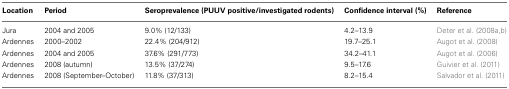
<table><thead><tr><td><b>Location</b></td><td><b>Period</b></td><td><b>Seroprevalence (PUUV positive/investigated rodents)</b></td><td><b>Confidence interval (%)</b></td><td><b>Reference</b></td></tr></thead><tbody><tr><td>Jura</td><td>2004 and 2005</td><td>9.0% (12/133)</td><td>4.2–13.9</td><td>Deter et al. (2008a,b)</td></tr><tr><td>Ardennes</td><td>2000–2002</td><td>22.4% (204/912)</td><td>19.7–25.1</td><td>Augot et al. (2008)</td></tr><tr><td>Ardennes</td><td>2004 and 2005</td><td>37.6% (291/773)</td><td>34.2–41.1</td><td>Augot et al. (2006)</td></tr><tr><td>Ardennes</td><td>2008 (autumn)</td><td>13.5% (37/274)</td><td>9.5–17.6</td><td>Guivier et al. (2011)</td></tr><tr><td>Ardennes</td><td>2008 (September–October)</td><td>11.8% (37/313)</td><td>8.2–15.4</td><td>Salvador et al. (2011)</td></tr></tbody></table>